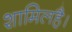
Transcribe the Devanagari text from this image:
शामिलहै।